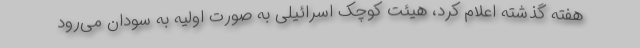
هفته گذشته اعلام کرد، هیئت کوچک اسرائیلی به صورت اولیه به سودان می‌رود